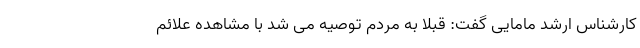
کارشناس ارشد مامایی گفت: قبلا به مردم توصیه می شد با مشاهده علائم